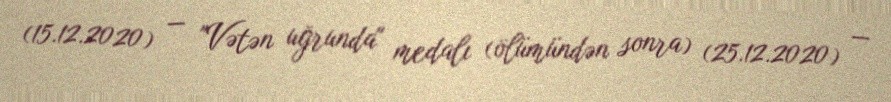
(15.12.2020) — "Vətən uğrunda" medalı (ölümündən sonra) (25.12.2020) —